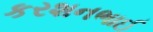
કરશનભાઈ